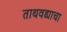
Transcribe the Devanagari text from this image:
ताथवड्याचा